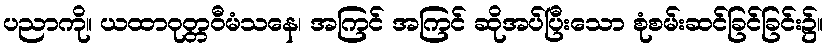
ပညာကို။ ယထာဝုတ္တဝီမံသနေ၊ အကြင် အကြင် ဆိုအပ်ပြီးသော စုံစမ်းဆင်ခြင်ခြင်း၌။